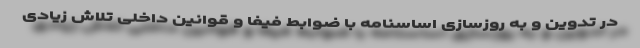
در تدوین و به روزسازی اساسنامه با ضوابط فیفا و قوانین داخلی تلاش زیادی